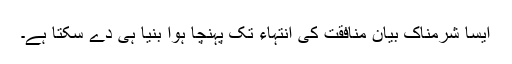
ایسا شرمناک بیان منافقت کی انتہاء تک پہنچا ہوا بنیا ہی دے سکتا ہے۔